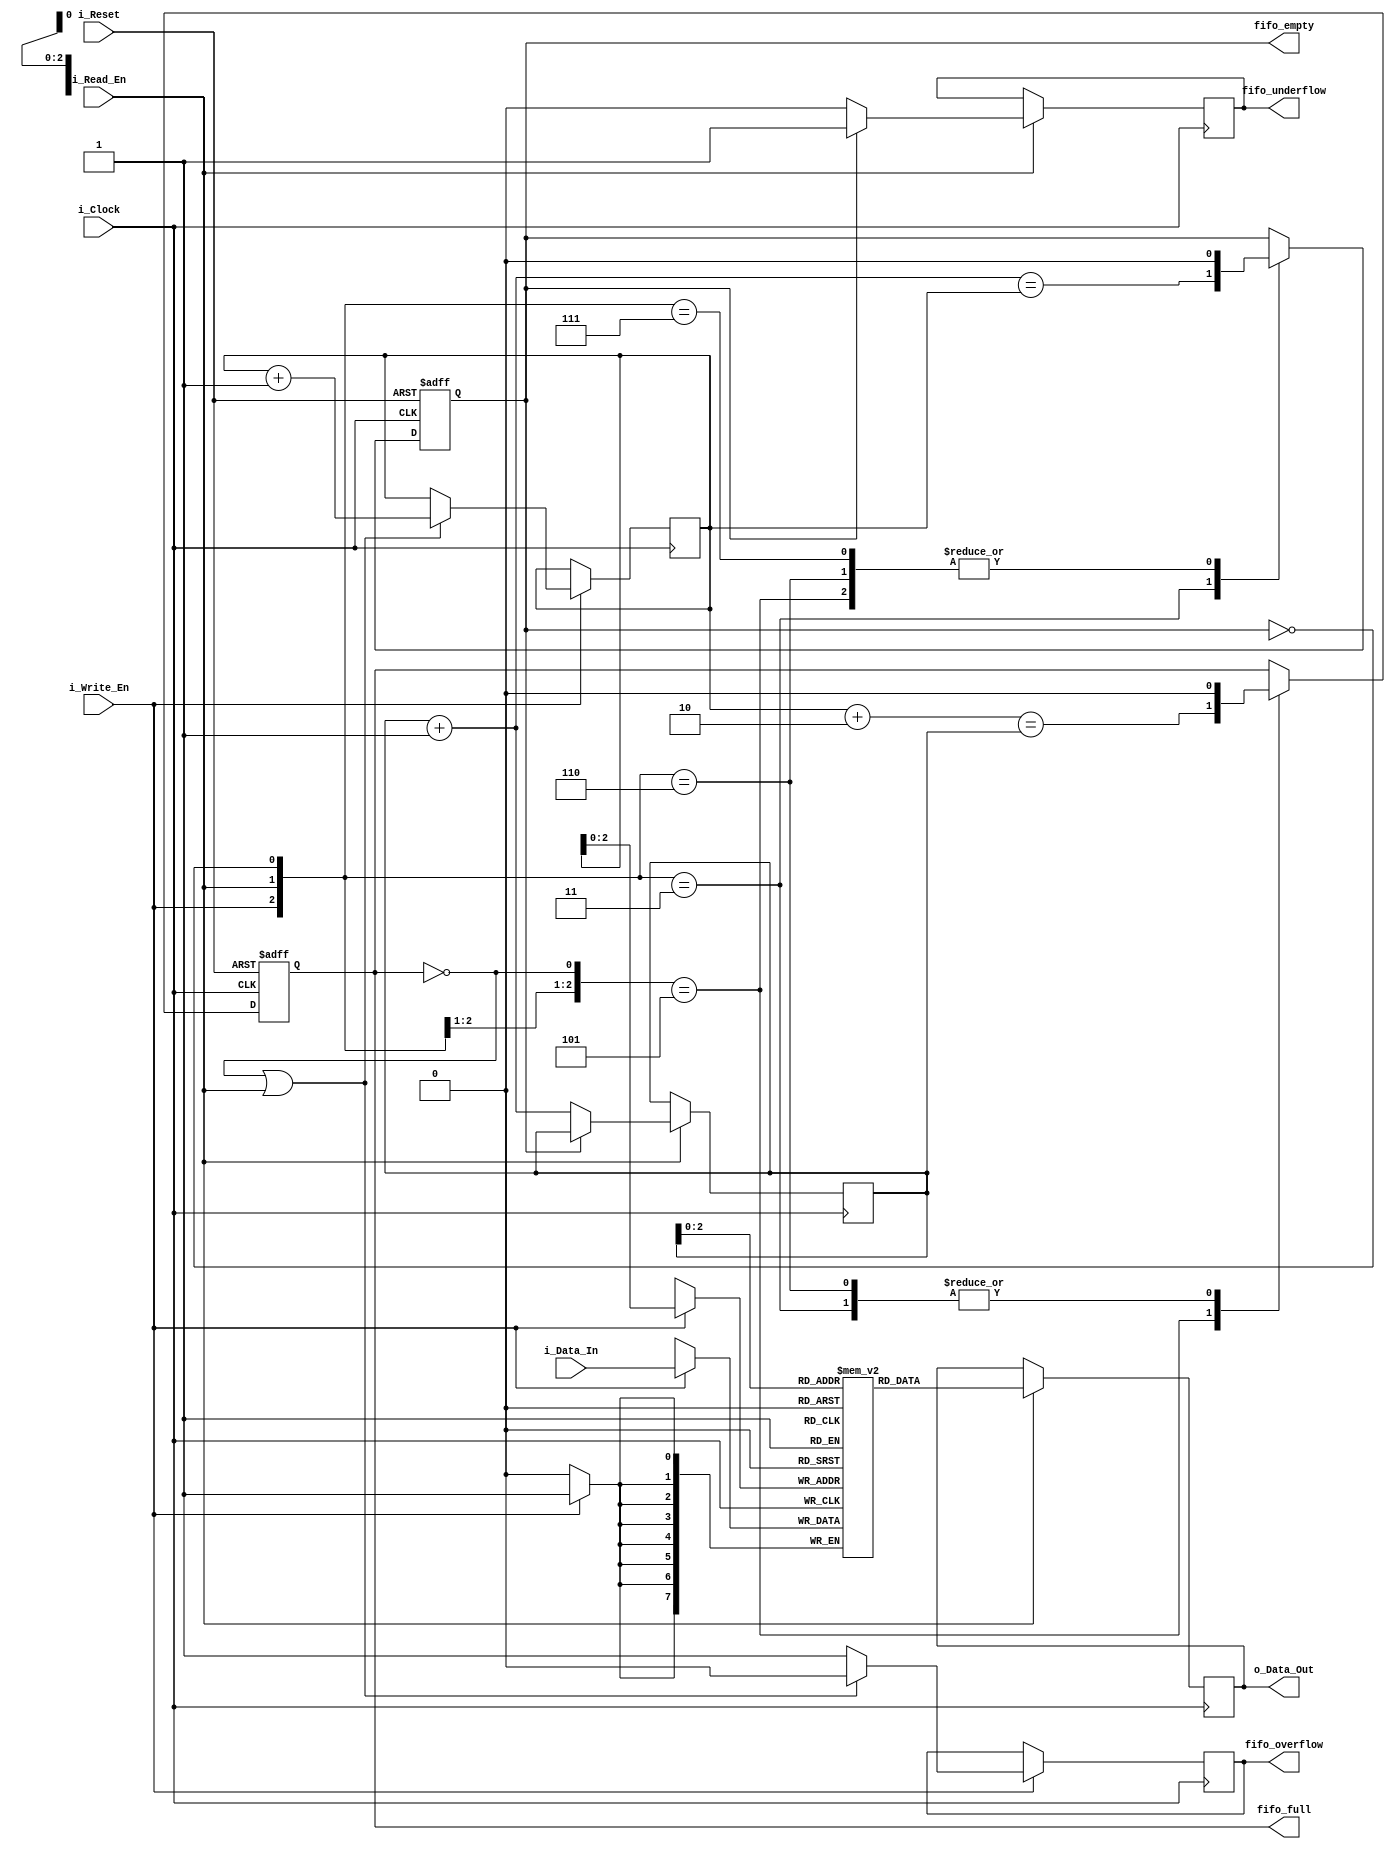
module fifo_memory (
    input i_Clock,
    input i_Reset,
    input i_Write_En,
    input i_Read_En,
    input  [c_WIDTH:0] i_Data_In,
    output [c_WIDTH:0] o_Data_Out,
    output reg fifo_full,
    output reg fifo_empty,
    output reg fifo_overflow,
    output reg fifo_underflow
    );

    // Internal memory, 7 16-bit wide registers
    parameter c_DEPTH = 7;
    parameter c_WIDTH = 7;
    reg [c_WIDTH:0] memory [0:c_DEPTH];
    reg [c_DEPTH:0]  wraddr = 0;
    reg [c_DEPTH:0]  rdaddr = 0;
    reg [c_WIDTH:0] r_Data_Out;

    // Writing to FIFO
    always @(posedge i_Clock) begin
        if (i_Write_En) begin
            memory[wraddr] <= i_Data_In;

            // Incrementing wraddr pointer
            if ((!fifo_full) || (i_Read_En)) begin
                wraddr <= wraddr + 1'b1;
                fifo_overflow <= 1'b0;
            end
            else
                fifo_overflow <= 1'b1;
        end
    end

    // Reading from FIFO
    always @(posedge i_Clock) begin
        if (i_Read_En) begin
            r_Data_Out <= memory[rdaddr];

            // Incrementing raddr pointer
            if (!fifo_empty) begin
                rdaddr <= rdaddr + 1'b1;
                fifo_underflow <= 1'b0;
            end
            else
                fifo_underflow <= 1'b1;
        end
    end

    assign o_Data_Out = r_Data_Out;

    // Calculating full/empty flags, referenced from zipcpu.com
    wire	[c_DEPTH:0]	dblnext, nxtread;
    assign	dblnext = wraddr + 2;
    assign	nxtread = rdaddr + 1'b1;

    always @(posedge i_Clock, negedge i_Reset)
    
        // Reset case
        if (!i_Reset)
        begin
            // Reset output flags
            fifo_full <= 1'b0;
            fifo_empty <= 1'b1;
            
        end else casez({ i_Write_En, i_Read_En, !fifo_full, !fifo_empty })
        4'b01?1: begin	// A successful read
            fifo_full  <= 1'b0;
            fifo_empty <= (nxtread == wraddr);
        end
        4'b101?: begin	// A successful write
            fifo_full <= (dblnext == rdaddr);
            fifo_empty <= 1'b0;
        end
        4'b11?0: begin	// Successful write, failed read
            fifo_full  <= 1'b0;
            fifo_empty <= 1'b0;
        end
        4'b11?1: begin	// Successful read and write
            fifo_full  <= fifo_full;
            fifo_empty <= 1'b0;
        end
        default: begin end
        endcase
    
endmodule